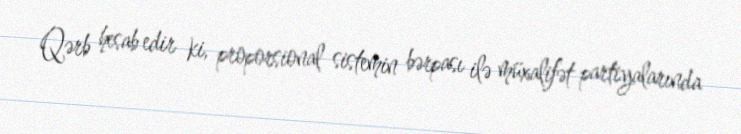
Qərb hesab edir ki, proporsional sistemin bərpası ilə müxalifət partiyalarında